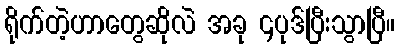
ရိုက်တဲ့ဟာတွေဆိုလဲ အခု ၄ပုဒ်ပြီးသွာပြီ။